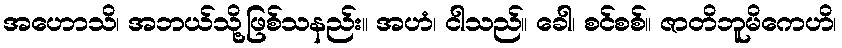
အဟောသိ၊ အဘယ်သို့ဖြစ်သနည်း။ အဟံ၊ ငါသည်။ ခေါ၊ စင်စစ်။ ဇာတိဘူမိကေဟိ၊